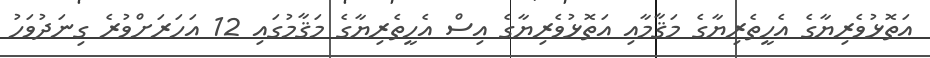
އަތޮޅުވެރިޔާގެ އެހީތެރިޔާގެ މަޤާމާއި އަތޮޅުވެރިޔާގެ އިސް އެހީތެރިޔާގެ މަޤާމުގައި 12 އަހަރަށްވުރެ ގިނަދުވަހު